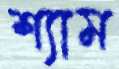
শ্যাম